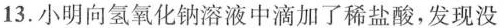
13.小明向氢氧化钠溶液中滴加了稀盐酸，发现没